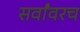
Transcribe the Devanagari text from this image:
सर्वांवरच